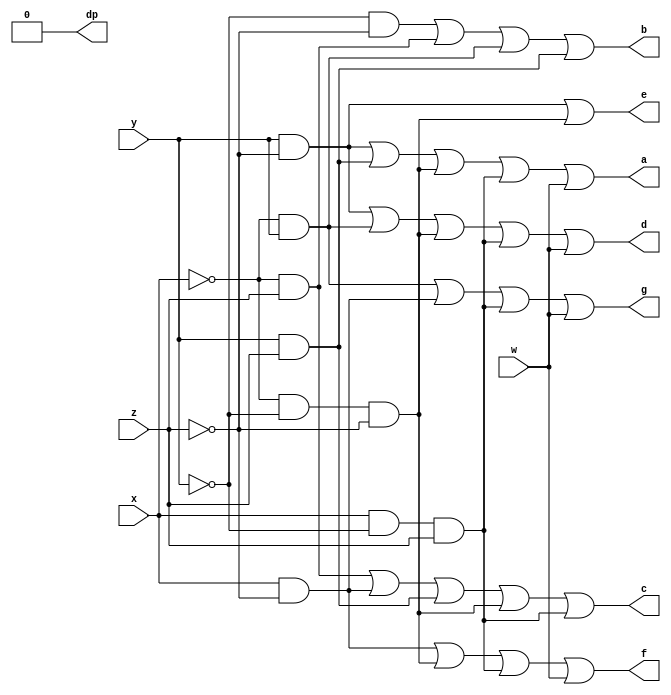
//================================================================--
// Design Unit	: lab4 (behaviour)
//
//
// Purpose	: implement seven segment driver (eq from espresso)
//
//espresso -o eqntott esp.in
//a = (y&!z) | (y&z) | (!x&!y&!z) | (x&!y&z) | (w);
//b = (!y&!z) | (!x&z) | (!x&y) | (y&z);
//c = (!x&z) | (x&!z) | (y&z) | (!x&!y&!z) | (x&!y&z);
//d = (y&!z) | (!x&y) | (!x&!y&!z) | (x&!y&z) | (w);
//e = (y&!z) | (!x&!y&!z);
//f = (x&!z) | (!x&!y&!z) | (x&!y&z) | (w);
//g = (!x&y) | (x&!z) | (x&!y&z) | (w);
//dp = ;
//
//
// Environmant	: Icarus
//-------------------------------------------------------------------
// Revision List	
// Version	Author	Date	Changes
// 1.0		PW	Sept 10 New version
// 1.1		PW	June 20 2013 review
//================================================================--

module lab4 (w, x, y, z, a, b, c, d, e, f, g, dp);

   output reg a, b, c, d, e, f, g, dp;
   input wire w, x, y, z;

   always @(w, x, y ,z) begin
      a = (y & ~z) | (y & z) | (~x & ~y & ~z) | (x & ~y &z) | (w);
      b = (~y & ~z) | (~x & z) | (~x & y) | (y & z);
      c = (~x & z) | (x & ~z) | (y & z) | (~x & ~y & ~z) | (x & ~y & z);
      d = (y & ~z) | (~x & y) | (~x & ~y & ~z) | (x & ~y & z) | (w);
      e = (y & ~z) | (~x & ~y & ~z);
      f = (x & ~z) | (~x & ~y & ~z) | (x & ~y & z) | (w);
      g = (~x & y) | (x & ~z) | (x & ~y & z) | (w);
      dp = 0;
   end

endmodule